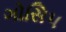
ગોસિપ